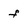
Character: f